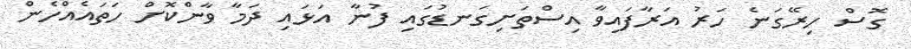
ގޮސް ހިރޭގަނެ ހަރު އަރާފައިވާ އިސްތަށިގަނޑުގައި ފުނާ އަޅައި ދަމާ ވާންކޮށް ހަތައެއްހެން